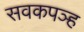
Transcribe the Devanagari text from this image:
सवकपञ्ह